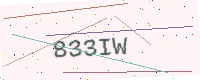
Text: 833IW